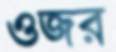
ওজর